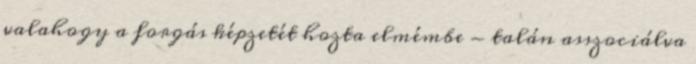
valahogy a forgás képzetét hozta elmémbe - talán asszociálva